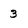
Character: 3